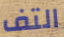
التف